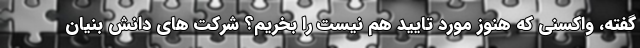
گفته، واکسنی که هنوز مورد تایید هم نیست را بخریم؟ شرکت های دانش بنیان